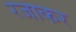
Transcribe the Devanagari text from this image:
रजाकर